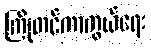
ကြိုတင်ကာကွယ်ရေး